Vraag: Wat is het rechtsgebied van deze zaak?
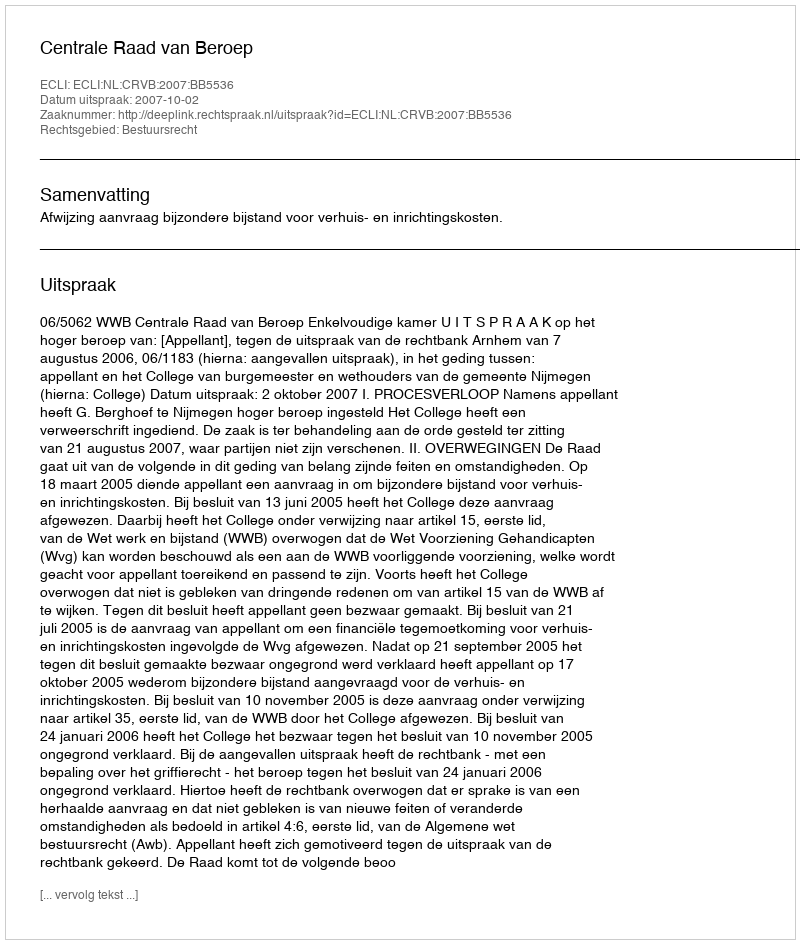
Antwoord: Bestuursrecht